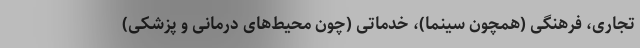
تجاری، فرهنگی (همچون سینما)، خدماتی (چون محیط‌های درمانی و پزشکی)